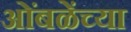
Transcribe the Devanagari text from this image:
ओंबळेंच्या